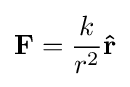
\mathbf {F} ={\frac {k}{r^{2}}}\mathbf {\hat {r}}